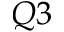
Q 3